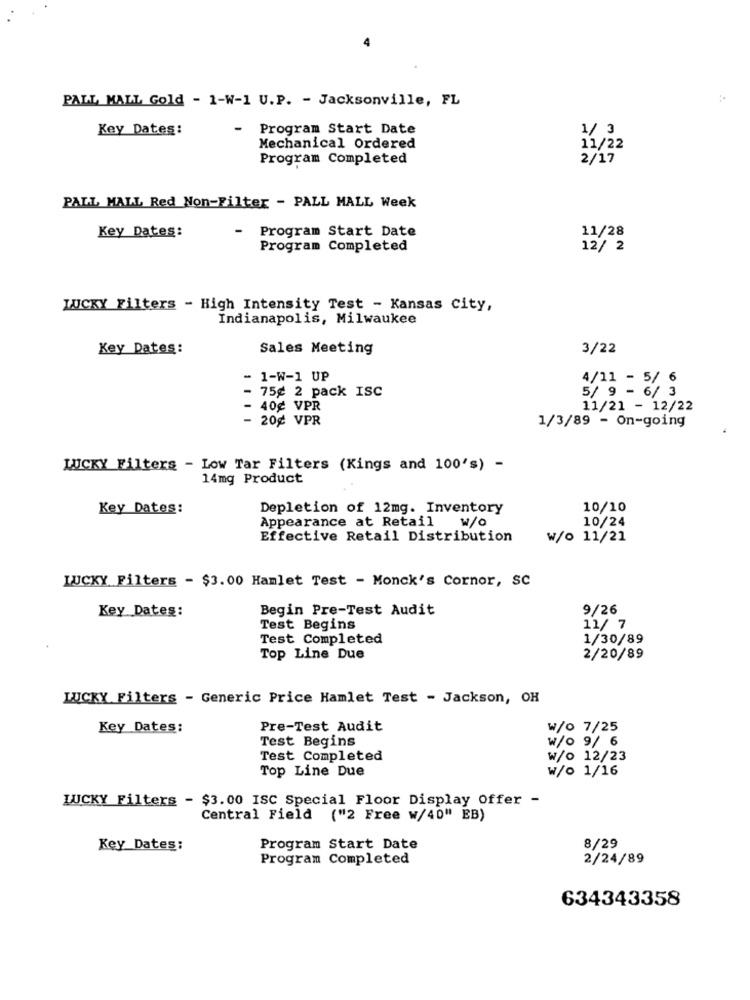
PALL MALL Gold - 1-W-1 U.P. - Jacksonville, FL
Key Dates:
Program Start Date
1/ 3
Mechanical Ordered
11/22
Program Completed
2/17
PALL MALL Red Non-Filter - PALL MALL Week
Key Dates:
Program Start Date
11/28
Program Completed
12/ 2
LUCKY Filters - High Intensity Test - Kansas city,
Indianapolis, Milwaukee
Key Dates:
Sales Meeting
3/22
- 1-W-1 UP
4/11 - 5/ 6
- 75¢ 2 pack ISC
5/ 9 - 6/ 3
- 40¢ VPR
11/21 - 12/22
- 20g VPR
1/3/89 - On-going
LUCKY Filters - Low Tar Filters (Kings and 100's) -
14mg Product
Key Dates:
Depletion of 12mg. Inventory
10/10
Appearance at Retail
w/O
10/24
Effective Retail Distribution
W/o 11/21
LUCKY Filters - $3.00 Hamlet Test - Monck's Cornor, SC
Key Dates:
Begin Pre-Test Audit
9/26
Test Begins
11/ 7
Test Completed
1/30/89
Top Line Due
2/20/89
LUCKY Filters - Generic Price Hamlet Test - Jackson, OH
Key Dates:
Pre-Test Audit
W/0 7/25
Test Begins
W/o 9/ 6
Test Completed
₩/o 12/23
Top Line Due
W/0 1/16
LUCKY Filters - $3.00 ISC Special Floor Display Offer -
Central Field ("2 Free w/40" EB)
Key_Dates:
Program Start Date
8/29
Program Completed
2/24/89
634343358